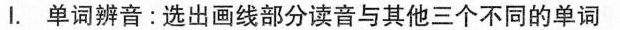
1.单词辩音：选出划线部分读音与其他三个不同的单词